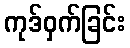
ကုဒ်ဝှက်ခြင်း